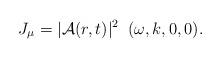
LaTeX: \begin{align*}J_\mu = | {\cal A}(r,t) |^2 \;\; ( \omega, k, 0,0 ).\end{align*}